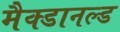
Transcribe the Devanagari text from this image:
मैक्डानल्ड